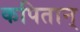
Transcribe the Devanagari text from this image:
कपितान्